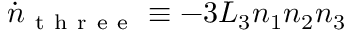
\dot { n } _ { \mathrm { ~ t ~ h ~ r ~ e ~ e ~ } } \equiv - 3 L _ { 3 } n _ { 1 } n _ { 2 } n _ { 3 }